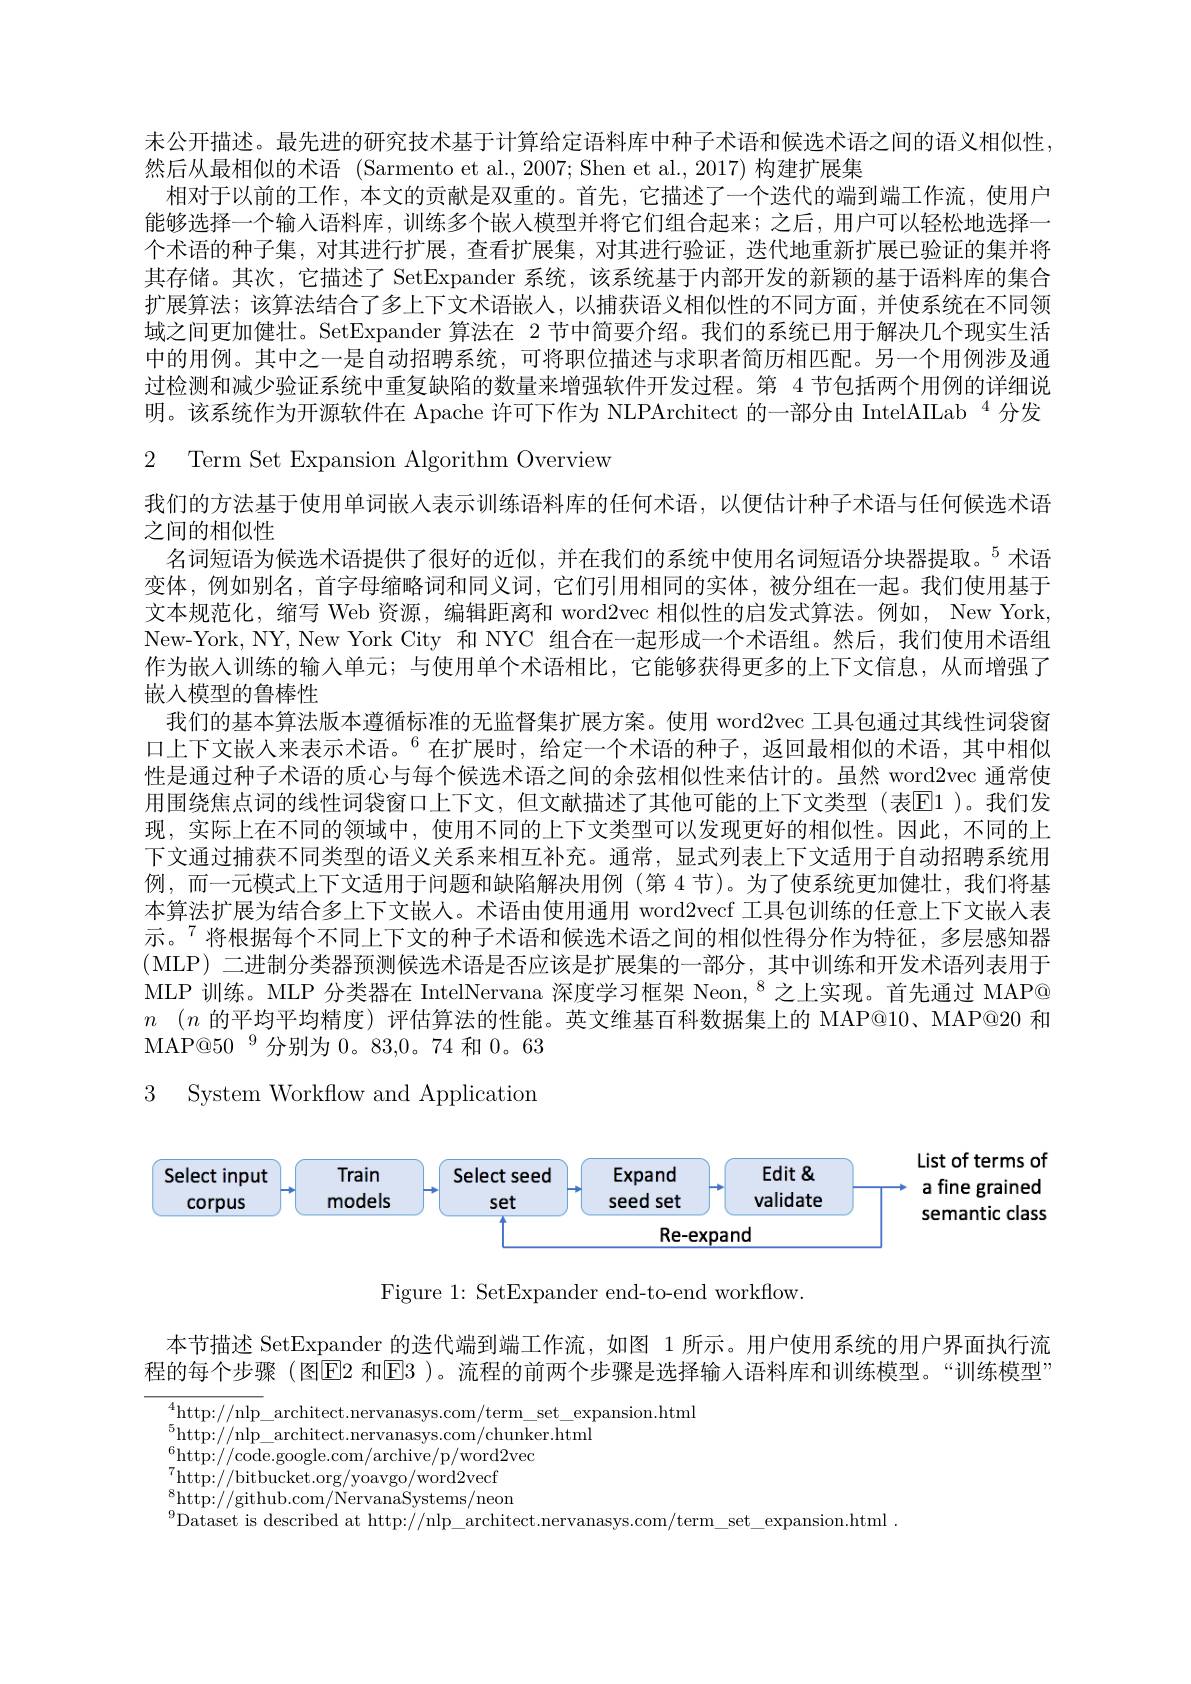
未公开描述。最先进的研究技术基于计算给定语料库中种子术语和候选术语之间的语义相似性，
然后从最相似的术语 (Sarmento et al., 2007; Shen et al., 2017) 构建扩展集
相对于以前的工作，本文的贡献是双重的。首先，它描述了一个迭代的端到端工作流，使用户能够选择一个输入语料库，训练多个嵌人模型并将它们组合起来；之后，用户可以轻松地选择一个术语的种子集，对其进行扩展，查看扩展集，对其进行验证，迭代地重新扩展已验证的集并将其存储。其次，它描述了 SetExpander 系统，该系统基于内部开发的新颖的基于语料库的集合扩展算法；该算法结合了多上下文术语嵌人，以捕获语义相似性的不同方面，并使系统在不同领域之间更加健壮。SetExpander 算法在 2 节中简要介绍。我们的系统已用于解决几个现实生活中的用例。其中之一是自动招聘系统，可将职位描述与求职者简历相匹配。另一个用例涉及通过检测和减少验证系统中重复缺陷的数量来增强软件开发过程。第 4 节包括两个用例的详细说明。该系统作为开源软件在 Apache 许可下作为 NLPArchitect 的一部分由 IntelAILab $^{4}$分发2 Term Set Expansion Algorithm Overview
我们的方法基于使用单词嵌人表示训练语料库的任何术语，以便估计种子术语与任何候选术语
之间的相似性
名词短语为候选术语提供了很好的近似，并在我们的系统中使用名词短语分块器提取。$^{5}$术语变体，例如别名，首字母缩略词和同义词，它们引用相同的实体，被分组在一起。我们使用基于文本规范化，缩写 Web 资源，编辑距离和 word2vec 相似性的启发式算法。例如，New York, New-York, NY, New York City 和 NYC 组合在一起形成一个术语组。然后，我们使用术语组作为嵌入训练的输入单元；与使用单个术语相比，它能够获得更多的上下文信息，从而增强了嵌入模型的鲁棒性
我们的基本算法版本遵循标准的无监督集扩展方案。使用 word2vec 工具包通过其线性词袋窗口上下文嵌人来表示术语。$^{6}$在扩展时，给定一个术语的种子，返回最相似的术语，其中相似性是通过种子术语的质心与每个候选术语之间的余弦相似性来估计的。虽然 word2vec 通常使用围绕焦点词的线性词袋窗口上下文，但文献描述了其他可能的上下文类型 (表$\mathbb{E}$1 )。我们发现，实际上在不同的领域中，使用不同的上下文类型可以发现更好的相似性。因此，不同的上下文通过捕获不同类型的语义关系来相互补充。通常，显式列表上下文适用于自动招聘系统用例，而一元模式上下文适用于问题和缺陷解决用例(第 4节)。为了使系统更加健壮，我们将基本算法扩展为结合多上下文嵌人。术语由使用通用 word2vecf 工具包训练的任意上下文嵌人表示。$^{7}$将根据每个不同上下文的种子术语和候选术语之间的相似性得分作为特征，多层感知器(MLP) 二进制分类器预测候选术语是否应该是扩展集的一部分，其中训练和开发术语列表用于MLP 训练。MLP 分类器在 IntelNervana 深度学习框架 Neon, $^{8}$之上实现。首先通过 MAP@ $n$ $( n$的平均平均精度)评估算法的性能。英文维基百科数据集上的 MAP@10、MAP@20 和MAP@50 $^{9}$分别为0。83,0。74和0。633 System Workflow and Application

<FigureHere>

Figure 1: SetExpander end-to-end workflow.

本节描述 SetExpander 的迭代端到端工作流，如图 1 所示。用户使用系统的用户界面执行流程的每个步骤 (图$\boxed{\mathrm{E}}2$ 和$\boxed{\mathrm{E}}3$ )。流程的前两个步骤是选择输人语料库和训练模型。“训练模型”

$^{4}$http://nlp\_architect.nervanasys.com/term\_set\_expansion.html
$^{5}$http://nlp$\_$architect.nervanasys.com/chunker.html
$^{6}$http://code.google.com/archive/p/word2vec
$\underset{\mathrm{s}}{\operatorname*{\operatorname*{\operatorname*{\operatorname*{http:}}}}}//\underset{\mathrm{s}}{\operatorname*{\operatorname*{\operatorname*{bitbucket.org/yoavgo/word2vecf}}}}$ $_{0}^{8}$http://github.com/NervanaSystems/neon $^{9}$Dataset is described at http://nlp\_architect.nervanasys.com/term\_set\_expansion.html